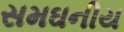
સમઘનીય